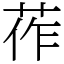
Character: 莋